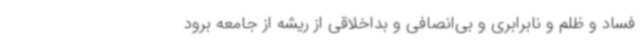
فساد و ظلم و نابرابری و بی‌انصافی و بداخلاقی از ریشه از جامعه برود